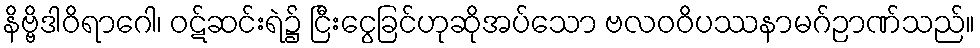
နိဗ္ဗိဒါဝိရာဂေါ၊ ဝဋ်ဆင်းရဲ၌ ငြီးငွေခြင်ဟုဆိုအပ်သော ဗလဝဝိပဿနာမဂ်ဉာဏ်သည်။